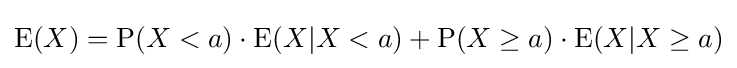
\operatorname {E} (X)=\operatorname {P} (X<a)\cdot \operatorname {E} (X|X<a)+\operatorname {P} (X\geq a)\cdot \operatorname {E} (X|X\geq a)